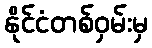
နိုင်ငံတစ်ဝှမ်းမှ